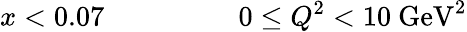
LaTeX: x<0.07~~~~~~~~~~~~~~~~~~~0\leq Q^{2}<10~\mathrm{GeV}^{2}